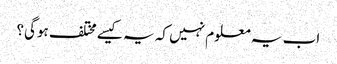
اب یہ معلوم نہیں کہ یہ کیسے مختلف ہوگی؟